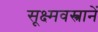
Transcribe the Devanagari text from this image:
सूक्ष्मवस्त्रानें